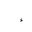
Letter: _hamza